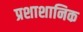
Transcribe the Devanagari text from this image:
प्रशाशानिक